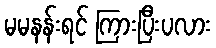
မမနန်းရင် ကြားပြီးပလား